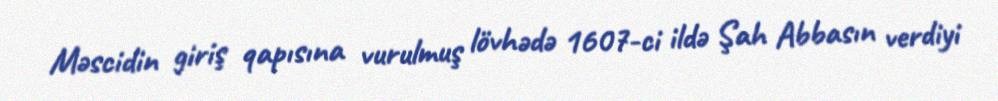
Məscidin giriş qapısına vurulmuş lövhədə 1607-ci ildə Şah Abbasın verdiyi